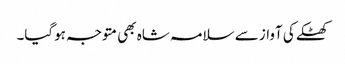
کھٹکے کی آواز سے سلامہ شاہ بھی متوجہ ہوگیا۔